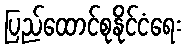
ပြည်ထောင်စုနိုင်ငံရေး